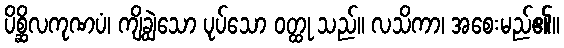
ပိစ္ဆိလကုဏပံ၊ ကျိချွဲသော ပုပ်သော ဝတ္ထု သည်။ လသိကာ၊ အစေးမည်၏။